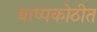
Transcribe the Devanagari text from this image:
बाष्पकोठीत